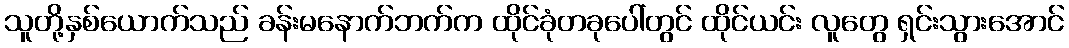
သူတို့နှစ်ယောက်သည် ခန်းမနောက်ဘက်က ထိုင်ခုံတခုပေါ်တွင် ထိုင်ယင်း လူတွေ ရှင်းသွားအောင်